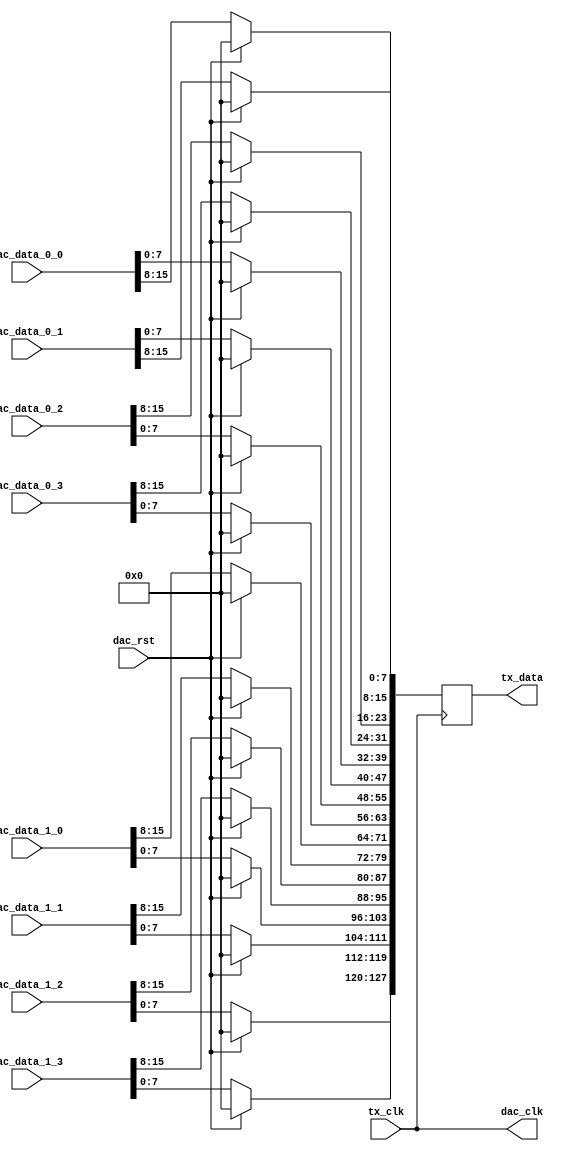
// ***************************************************************************
// ***************************************************************************
// Copyright 2011(c) Analog Devices, Inc.
// 
// All rights reserved.
// 
// Redistribution and use in source and binary forms, with or without modification,
// are permitted provided that the following conditions are met:
//     - Redistributions of source code must retain the above copyright
//       notice, this list of conditions and the following disclaimer.
//     - Redistributions in binary form must reproduce the above copyright
//       notice, this list of conditions and the following disclaimer in
//       the documentation and/or other materials provided with the
//       distribution.
//     - Neither the name of Analog Devices, Inc. nor the names of its
//       contributors may be used to endorse or promote products derived
//       from this software without specific prior written permission.
//     - The use of this software may or may not infringe the patent rights
//       of one or more patent holders.  This license does not release you
//       from the requirement that you obtain separate licenses from these
//       patent holders to use this software.
//     - Use of the software either in source or binary form, must be run
//       on or directly connected to an Analog Devices Inc. component.
//    
// THIS SOFTWARE IS PROVIDED BY ANALOG DEVICES "AS IS" AND ANY EXPRESS OR IMPLIED WARRANTIES,
// INCLUDING, BUT NOT LIMITED TO, NON-INFRINGEMENT, MERCHANTABILITY AND FITNESS FOR A
// PARTICULAR PURPOSE ARE DISCLAIMED.
//
// IN NO EVENT SHALL ANALOG DEVICES BE LIABLE FOR ANY DIRECT, INDIRECT, INCIDENTAL, SPECIAL,
// EXEMPLARY, OR CONSEQUENTIAL DAMAGES (INCLUDING, BUT NOT LIMITED TO, INTELLECTUAL PROPERTY
// RIGHTS, PROCUREMENT OF SUBSTITUTE GOODS OR SERVICES; LOSS OF USE, DATA, OR PROFITS; OR 
// BUSINESS INTERRUPTION) HOWEVER CAUSED AND ON ANY THEORY OF LIABILITY, WHETHER IN CONTRACT,
// STRICT LIABILITY, OR TORT (INCLUDING NEGLIGENCE OR OTHERWISE) ARISING IN ANY WAY OUT OF 
// THE USE OF THIS SOFTWARE, EVEN IF ADVISED OF THE POSSIBILITY OF SUCH DAMAGE.
// ***************************************************************************
// ***************************************************************************
// ***************************************************************************
// ***************************************************************************
// This is the dac physical interface (drives samples from the low speed clock to the
// dac clock domain.

`timescale 1ns/100ps

module axi_ad9152_if (

  // jesd interface
  // tx_clk is (line-rate/40)

  tx_clk,
  tx_data,

  // dac interface

  dac_clk,
  dac_rst,
  dac_data_0_0,
  dac_data_0_1,
  dac_data_0_2,
  dac_data_0_3,
  dac_data_1_0,
  dac_data_1_1,
  dac_data_1_2,
  dac_data_1_3);

  // jesd interface
  // tx_clk is (line-rate/40)

  input           tx_clk;
  output [127:0]  tx_data;

  // dac interface

  output          dac_clk;
  input           dac_rst;
  input   [15:0]  dac_data_0_0;
  input   [15:0]  dac_data_0_1;
  input   [15:0]  dac_data_0_2;
  input   [15:0]  dac_data_0_3;
  input   [15:0]  dac_data_1_0;
  input   [15:0]  dac_data_1_1;
  input   [15:0]  dac_data_1_2;
  input   [15:0]  dac_data_1_3;

  // internal registers

  reg    [127:0]  tx_data = 'd0;

  // reorder data for the jesd links

  assign dac_clk = tx_clk;

  always @(posedge dac_clk) begin
    if (dac_rst == 1'b1) begin
      tx_data <= 128'd0;
    end else begin
      tx_data[127:120] <= dac_data_1_3[ 7: 0];
      tx_data[119:112] <= dac_data_1_2[ 7: 0];
      tx_data[111:104] <= dac_data_1_1[ 7: 0];
      tx_data[103: 96] <= dac_data_1_0[ 7: 0];
      tx_data[ 95: 88] <= dac_data_1_3[15: 8];
      tx_data[ 87: 80] <= dac_data_1_2[15: 8];
      tx_data[ 79: 72] <= dac_data_1_1[15: 8];
      tx_data[ 71: 64] <= dac_data_1_0[15: 8];
      tx_data[ 63: 56] <= dac_data_0_3[ 7: 0];
      tx_data[ 55: 48] <= dac_data_0_2[ 7: 0];
      tx_data[ 47: 40] <= dac_data_0_1[ 7: 0];
      tx_data[ 39: 32] <= dac_data_0_0[ 7: 0];
      tx_data[ 31: 24] <= dac_data_0_3[15: 8];
      tx_data[ 23: 16] <= dac_data_0_2[15: 8];
      tx_data[ 15:  8] <= dac_data_0_1[15: 8];
      tx_data[  7:  0] <= dac_data_0_0[15: 8];
    end
  end

endmodule

// ***************************************************************************
// ***************************************************************************